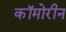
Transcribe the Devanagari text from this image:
कॉमोरीन